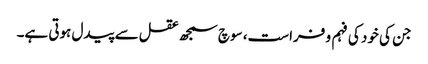
جن کی خود کی فہم و فراست، سوچ سمجھ عقل سے پیدل ہوتی ہے۔